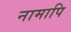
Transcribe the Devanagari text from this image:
नामापि